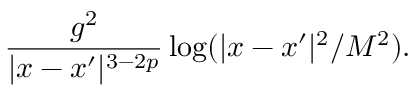
\frac { g ^ { 2 } } { | x - x ^ { \prime } | ^ { 3 - 2 p } } \log ( | x - x ^ { \prime } | ^ { 2 } / { M ^ { 2 } } ) .